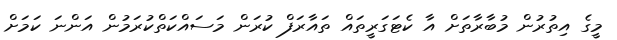
މީގެ އިތުރުން މުބާރާތަށް އާ ކެޓަގަރީތައް ތައާރަފް ކުރަން މަސައްކަތްކުރަމުން އަންނަ ކަމަށް